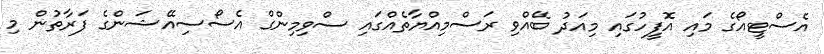
އެސްޓީއޯގެ މައި އޮފީހުގައި މިއަދު ބޭއްވި ރަސްމިއްޔާތެއްގައި ސްވިމިންގް އެސޯސިއޭޝަންގެ ފަރާތުން މި